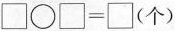
$$\square\bigcirc\square=\square(个)$$